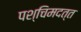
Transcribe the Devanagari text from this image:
पश्चिमदत्त